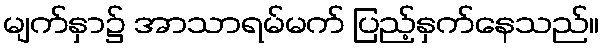
မျက်နှာ၌ အာသာရမ်မက် ပြည့်နှက်နေသည်။